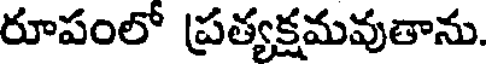
రూపంలో ప్రత్యక్షమవుతాను.